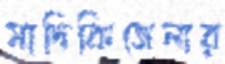
মাদিকিজেলার